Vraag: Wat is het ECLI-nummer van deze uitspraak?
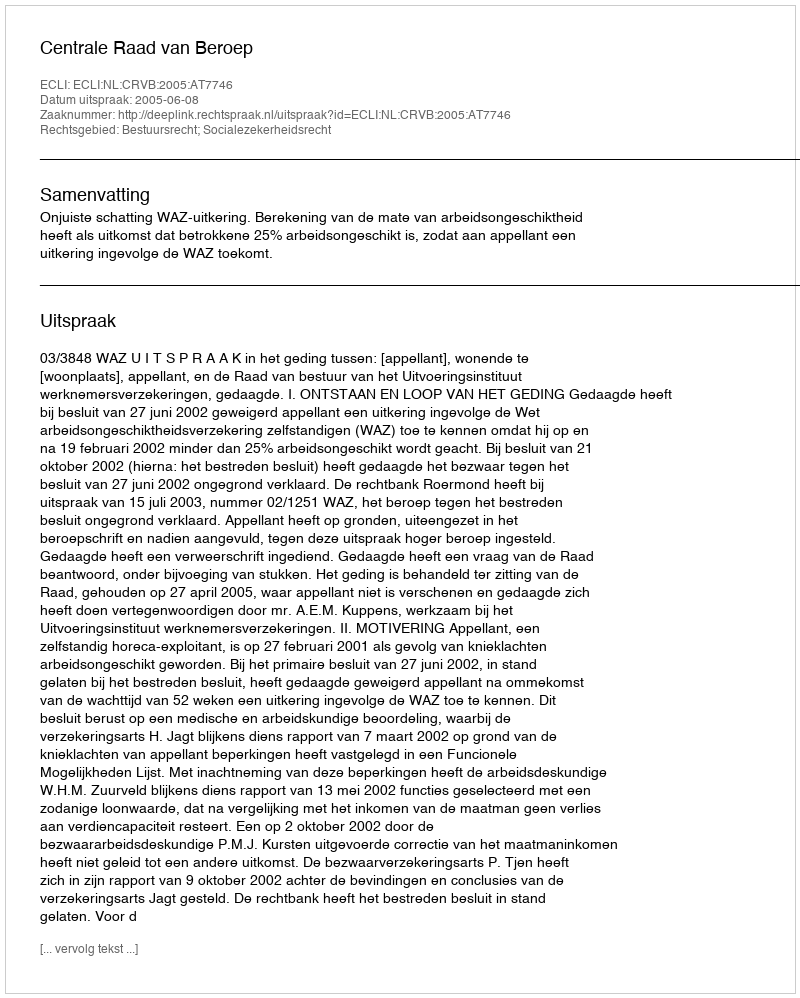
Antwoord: ECLI:NL:CRVB:2005:AT7746